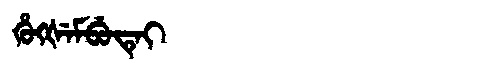
Manchu: ᡥᡠᡴᡧᡝᠮᠪᡠᡨᡝᡳ
Romanization: HUKŠEMBUTEI